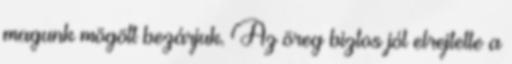
magunk mögött bezárjuk. Az öreg biztos jól elrejtette a